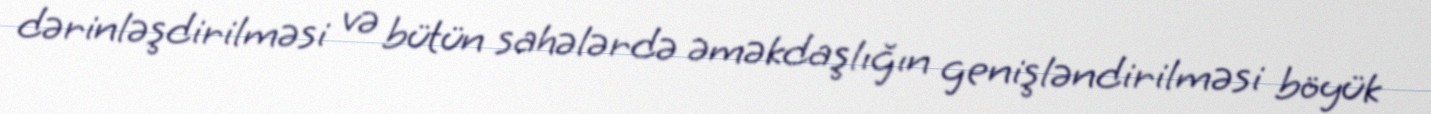
dərinləşdirilməsi və bütün sahələrdə əməkdaşlığın genişləndirilməsi böyük